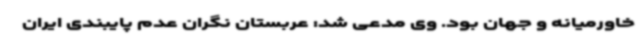
خاورمیانه و جهان بود. وی مدعی شد: عربستان نگران عدم پایبندی ایران